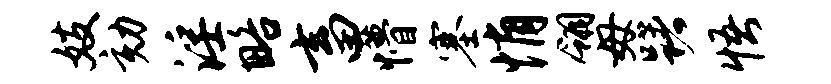
妓劾淫略畜懵塞悄翎毋躇悟